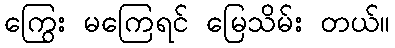
ကြွေး မကြေရင် မြေသိမ်း တယ်။